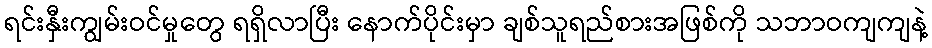
ရင်းနှီးကျွမ်းဝင်မှုတွေ ရရှိလာပြီး နောက်ပိုင်းမှာ ချစ်သူရည်စားအဖြစ်ကို သဘာဝကျကျနဲ့